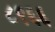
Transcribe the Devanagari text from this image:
८९६६